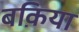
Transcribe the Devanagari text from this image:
बक़िया